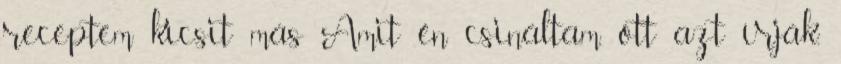
receptem kicsit más Amit én csináltam, ott azt írják,